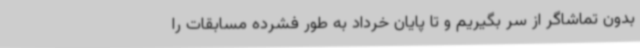
بدون تماشاگر از سر بگیریم و تا پایان خرداد به طور فشرده مسابقات را